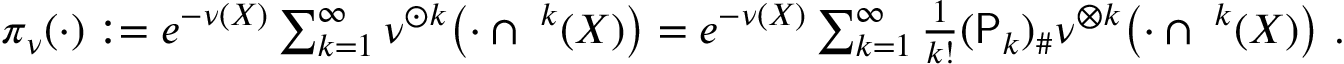
\begin{array} { r } { \pi _ { \nu } ( \cdot ) : = e ^ { - \nu ( X ) } \sum _ { k = 1 } ^ { \infty } \nu ^ { \odot k } \bigl ( \cdot \cap { { \mathbf \Upsilon } ^ { k } ( X ) } \bigr ) = e ^ { - \nu ( X ) } \sum _ { k = 1 } ^ { \infty } \frac { 1 } { k ! } ( { \sf P } _ { k } ) _ { \# } \nu ^ { \otimes k } \bigl ( \cdot \cap { { \mathbf \Upsilon } ^ { k } ( X ) } \bigr ) \, \, \mathrm { . } } \end{array}